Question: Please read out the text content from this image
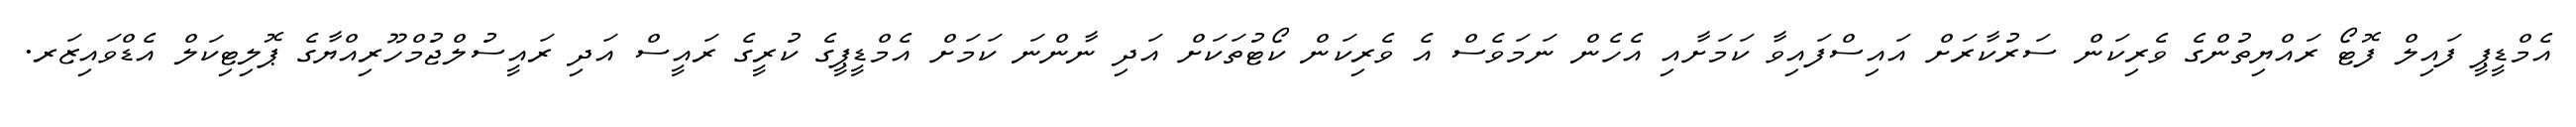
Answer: އެމްޑީޕީ ފައިލް ފޮޓޯ ރައްޔިތުންގެ ވެރިކަން ސަރުކާރަށް އައިސްފައިވާ ކަމަށާއި އެހެން ނަމަވެސް އެ ވެރިކަން ކޯޓުތަކަށް އަދި ނާންނަ ކަމަށް އެމްޑީޕީގެ ކުރީގެ ރައީސް އަދި ރައީސުލްޖުމްހޫރިއްޔާގެ ޕޮލިޓިކަލް އެޑްވައިޒަރ.